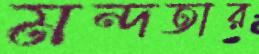
মন্দতার